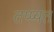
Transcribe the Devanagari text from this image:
तप्प्यत